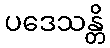
ပဒေသန္တိ